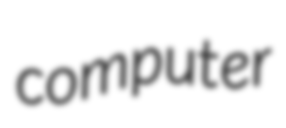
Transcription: computer